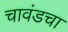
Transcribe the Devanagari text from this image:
चावंडचा